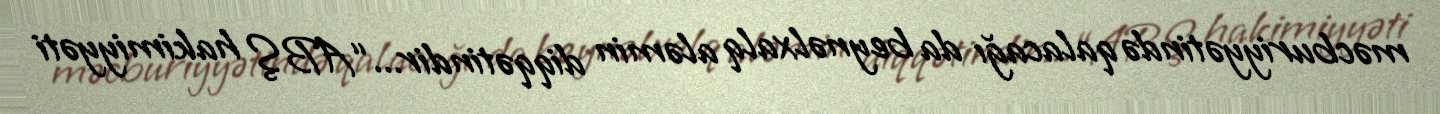
məcburiyyətində qalacağı da beynəlxalq aləmin diqqətindir...“ABŞ hakimiyyəti